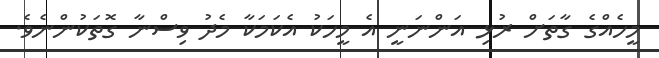
މީހެއްގެ ގާތަށް ރުޅި އަންނަނީ އެ މީހަކު އެކަމަކާ މެދު ވިސްނާ ގޮތަކުންނެވެ.